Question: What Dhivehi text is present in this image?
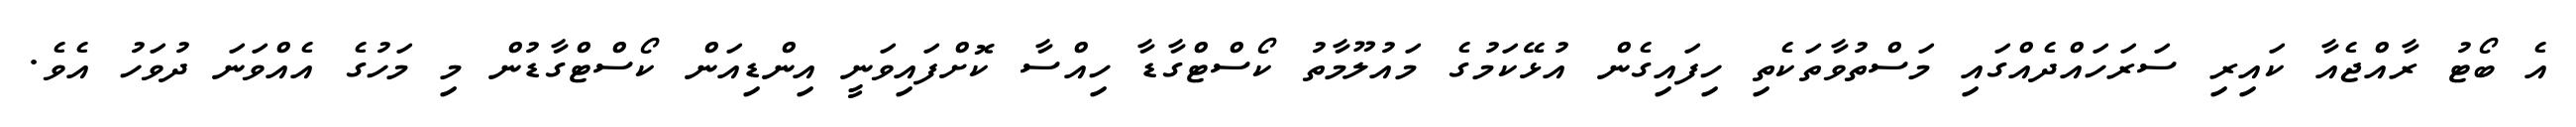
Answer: އެ ބޯޓު ރާއްޖެއާ ކައިރި ސަރަހައްދެއްގައި މަސްތުވާތަކެތި ހިފައިގެން އުޅޭކަމުގެ މައުލޫމާތު ކޯސްޓްގާޑާ ހިއްސާ ކޮށްފައިވަނީ އިންޑިއަން ކޯސްޓްގާޑުން މި މަހުގެ އެއްވަނަ ދުވަހު އެވެ.